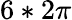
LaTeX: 6*2\pi